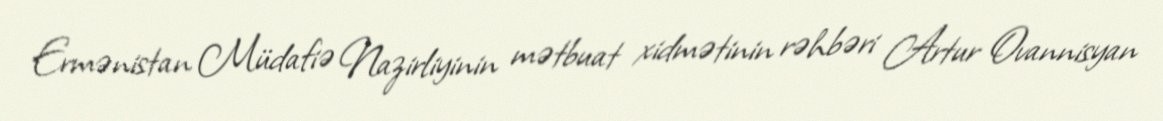
Ermənistan Müdafiə Nazirliyinin mətbuat xidmətinin rəhbəri Artur Ovannisyan